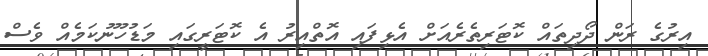
އިރުގެ ރަން ދޯދިތައް ކޮޓަރިތެރެއަށް އެޅިފައި އޮތްއިރު އެ ކޮޓަރީގައި މަޑުހޫނުކަމެއް ވެސް